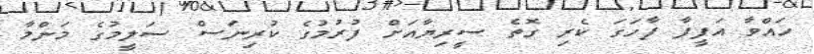
ހައްވާ އަފީފާ ފާހަގަ ކެރި ގޮތެ ސީރިޔާއަށް ފުރުމުގެ ކުރިނަސް ސަލީމުގެ މަންމާ